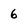
Character: 6